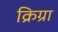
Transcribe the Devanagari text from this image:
क्रिग्रा